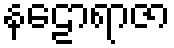
နဠောရာဇာ